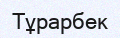
Тұрарбек